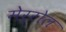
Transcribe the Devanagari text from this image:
मेर्रोल